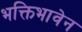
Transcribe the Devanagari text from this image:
भक्तिभावेन